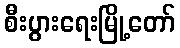
စီးပွားရေးမြို့တော်